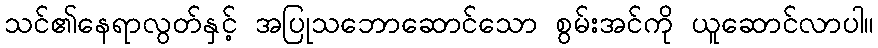
သင်၏နေရာလွတ်နှင့် အပြုသဘောဆောင်သော စွမ်းအင်ကို ယူဆောင်လာပါ။